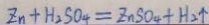
Z n + H _ { 2 } S O _ { 4 } = Z n S O _ { 4 } + H _ { 2 } \uparrow